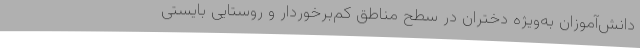
دانش‌آموزان به‌ویژه دختران در سطح مناطق کم‌برخوردار و روستایی بایستی